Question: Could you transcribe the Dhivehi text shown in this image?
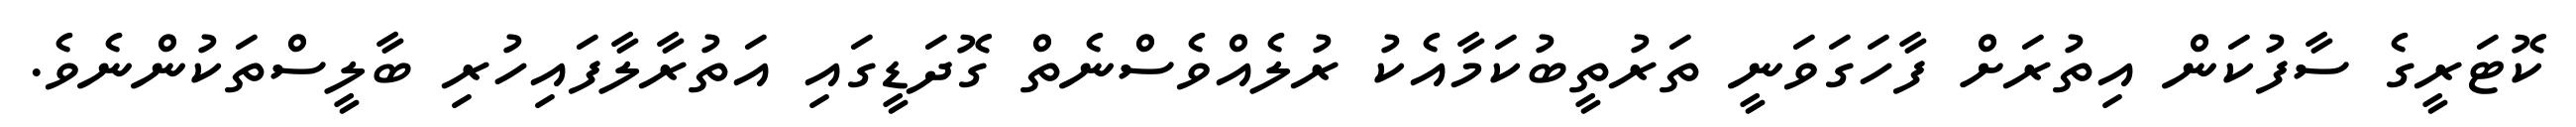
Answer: ކޮޓަރީގެ ސާފުކަން އިތުރަށް ފާހަގަވަނީ ތަރުތީބުކަމާއެކު ރުލެއްވެސްނެތް ގޮދަޑީގައި އަތުރާލާފައިހުރި ބާލީސްތަކުންނެވެ.